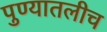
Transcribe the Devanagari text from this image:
पुण्यातलीच